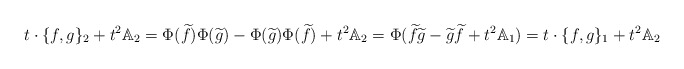
\begin{align*}t\cdot\{f,g\}_2 + t^2\mathbb{A}_2 = \Phi(\widetilde{f})\Phi(\widetilde{g}) -\Phi(\widetilde{g})\Phi(\widetilde{f}) + t^2\mathbb{A}_2 = \Phi(\widetilde{f}\widetilde{g} - \widetilde{g}\widetilde{f} + t^2\mathbb{A}_1) = t\cdot\{f,g\}_1 + t^2\mathbb{A}_2\end{align*}